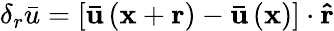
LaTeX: {\delta_{r}}\bar{u}=\left[{{\mathbf{\bar{u}}}\left({{\mathbf{x}}+{\mathbf{r}}}\right)-{\mathbf{\bar{u}}}\left({\mathbf{x}}\right)}\right]\cdot{\mathbf{\hat{r}}}